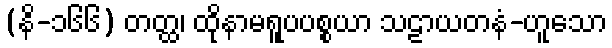
(နိ-၁၆၆) တတ္ထ၊ ထိုနာမရူပပစ္စယာ သဠာယတနံ-ဟူသော